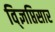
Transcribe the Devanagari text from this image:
वि्ज्ञप्तिसार